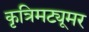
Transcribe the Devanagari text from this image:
कृत्रिमट्यूमर